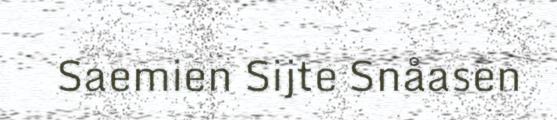
Saemien Sijte Snåasen